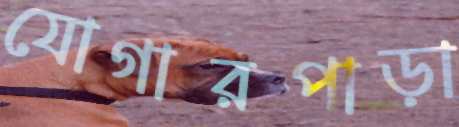
যোগারপাড়া